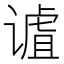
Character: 𫍹